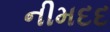
નીમદદ